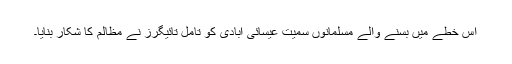
اس خطے میں بسنے والے مسلمانوں سمیت عیسائی آبادی کو تامل تائیگرز نے مظالم کا شکار بنایا۔